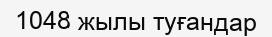
1048 жылы туғандар